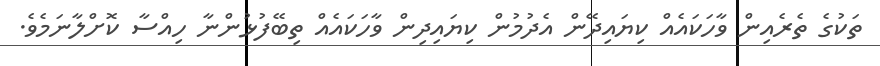
ތަކުގެ ތެރެއިން ވާހަކައެއް ކިޔައިދޭން އެދުމުން ކިޔައިދިން ވާހަކައެއް ތިބޭފުޅުންނާ ހިއްސާ ކޮށްލާނަމެވެ.